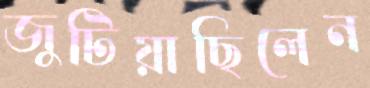
জুটিয়াছিলেন